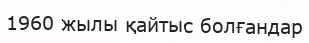
1960 жылы қайтыс болғандар